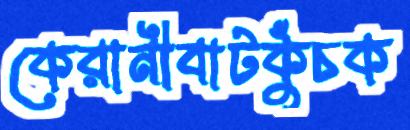
কেরানীবাটকুঁচক